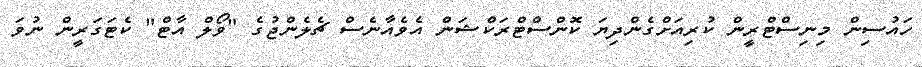
ހައުސިން މިނިސްޓްރީން ކުރިއަށްގެންދިޔަ ކޮންސްޓްރަކްޝަން އެވެއާނެސް ޗެލެންޖުގެ "ވޯލް އާޓް" ކެޓަގަރީން ނުވަ